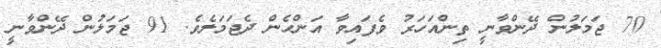
70 ޖަމަލުން ދޭންވާނީ ތިންއަހަރު ވެފައިވާ އަންހެން ދެޖަމަލެވެ. 91 ޖަމަލުން ދޭންވާނީ